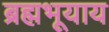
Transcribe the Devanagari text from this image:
ब्रह्मभूयाय